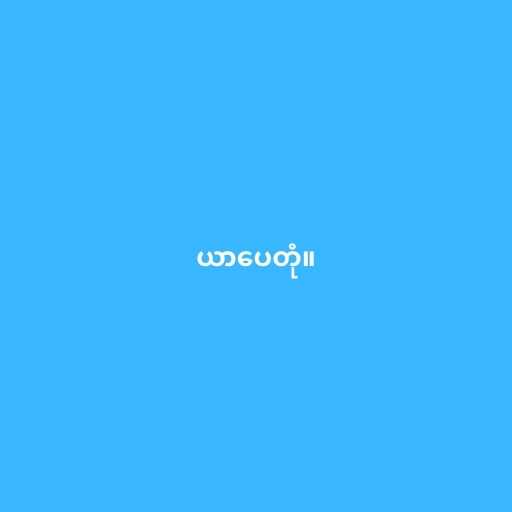
ယာပေတုံ။